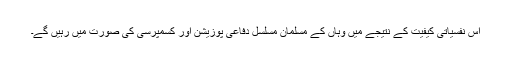
اس نفسیاتی کیفیت کے نتیجے میں وہاں کے مسلمان مسلسل دفاعی پوزیشن اور کسمپرسی کی صورت میں رہیں گے۔